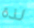
لذة